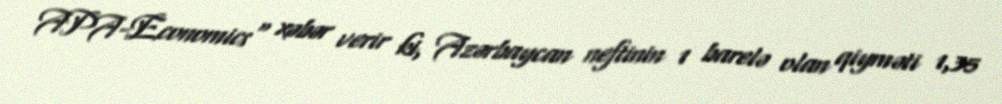
APA-Economics" xəbər verir ki, Azərbaycan neftinin 1 barelə olan qiyməti 1,35